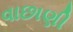
વાછાણી